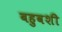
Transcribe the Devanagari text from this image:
बहुवशी